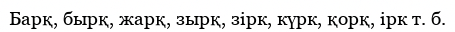
Барқ, бырқ, жарқ, зырқ, зірк, күрк, қорқ, ірк т. б.